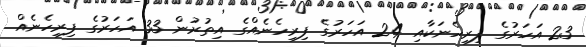
23 އަހަރުގެ ފިރިހެނަކާއި 24 އަހަރުގެ ފިރިހެނެއްގެ އިތުރުން 33 އަހަރުގެ ފިރިހެނެއް